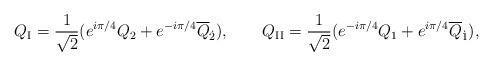
LaTeX: \begin{align*}Q_{\rm I} = \frac{1}{\sqrt{2}} (e^{i\pi/4}Q_2 + e^{-i\pi/4}\overline{Q}_{\dot{2}}), \qquad Q_{\rm II} = \frac{1}{\sqrt{2}} (e^{-i\pi/4}Q_1 + e^{i\pi/4}\overline{Q}_{\dot{1}}) ,\end{align*}